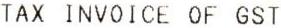
TAX INVOICE OF GST